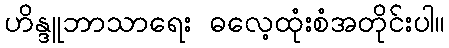
ဟိန္ဒူဘာသာရေး ဓလေ့ထုံးစံအတိုင်းပါ။